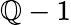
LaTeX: \mathbb{Q}-1